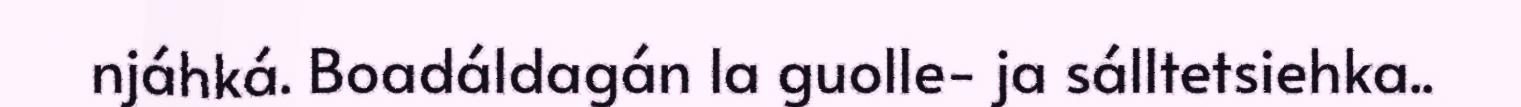
njáhká. Boadáldagán la guolle- ja sálltetsiehka..